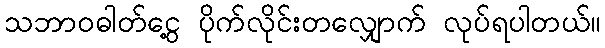
သဘာဝဓါတ်ငွေ့ ပိုက်လိုင်းတလျှောက် လုပ်ရပါတယ်။